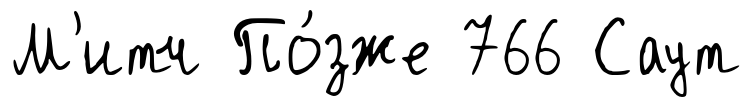
М'итч По́зже 766 Саут